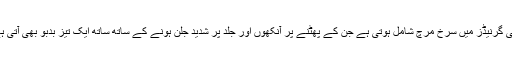
چلی گرنیڈز میں سرخ مرچ شامل ہوتی ہے جن کے پھٹنے پر آنکھوں اور جلد پر شدید جلن ہونے کے ساتھ ساتھ ایک تیز بدبو بھی آتی ہے۔